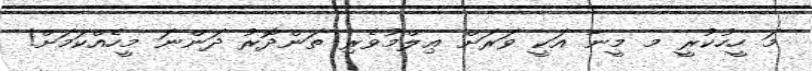
މަ ހީހުކުރީ މ މީނާ އަކީ ވަރަށް ޢިލްމުވެރި ތަންދޮރު ދަންނަ މީހެއްކަމަށް!